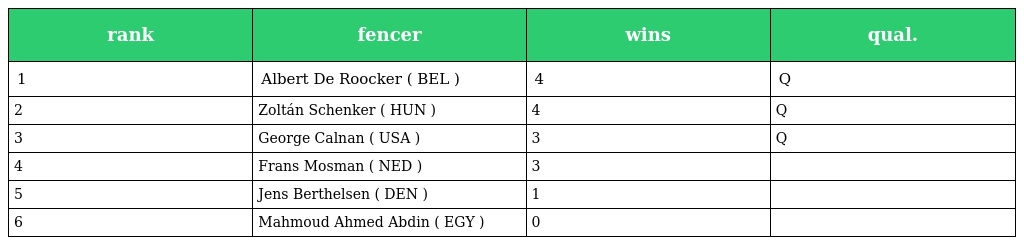
| rank | fencer | wins | qual. |
 | --- | --- | --- | --- |
 | 1 | Albert De Roocker ( BEL ) | 4 | Q |
 | 2 | Zoltán Schenker ( HUN ) | 4 | Q |
 | 3 | George Calnan ( USA ) | 3 | Q |
 | 4 | Frans Mosman ( NED ) | 3 |  |
 | 5 | Jens Berthelsen ( DEN ) | 1 |  |
 | 6 | Mahmoud Ahmed Abdin ( EGY ) | 0 |  |